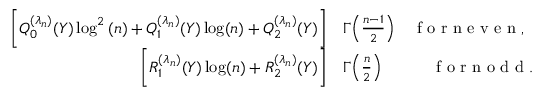
\begin{array} { r l } { \bigg [ Q _ { 0 } ^ { ( \lambda _ { n } ) } ( Y ) \log ^ { 2 } { ( n ) } + Q _ { 1 } ^ { ( \lambda _ { n } ) } ( Y ) \log ( n ) + Q _ { 2 } ^ { ( \lambda _ { n } ) } ( Y ) \bigg ] } & { { } \Gamma \Big ( \frac { n - 1 } { 2 } \Big ) \quad \mathrm { ~ f ~ o ~ r ~ n ~ e ~ v ~ e ~ n ~ , ~ } } \\ { \bigg [ R _ { 1 } ^ { ( \lambda _ { n } ) } ( Y ) \log ( n ) + R _ { 2 } ^ { ( \lambda _ { n } ) } ( Y ) \bigg ] } & { { } \Gamma \Big ( \frac { n } { 2 } \Big ) \quad \qquad \mathrm { ~ f ~ o ~ r ~ n ~ o ~ d ~ d ~ . ~ } } \end{array}